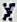
X